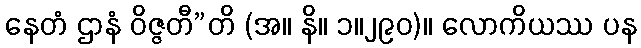
နေတံ ဌာနံ ဝိဇ္ဇတီ”တိ (အ။ နိ။ ၁။၂၉၀)။ လောကိယဿ ပန